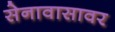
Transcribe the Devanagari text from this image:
सेनावासावर